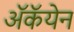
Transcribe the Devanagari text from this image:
अॅकॅयेन